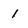
Character: 1